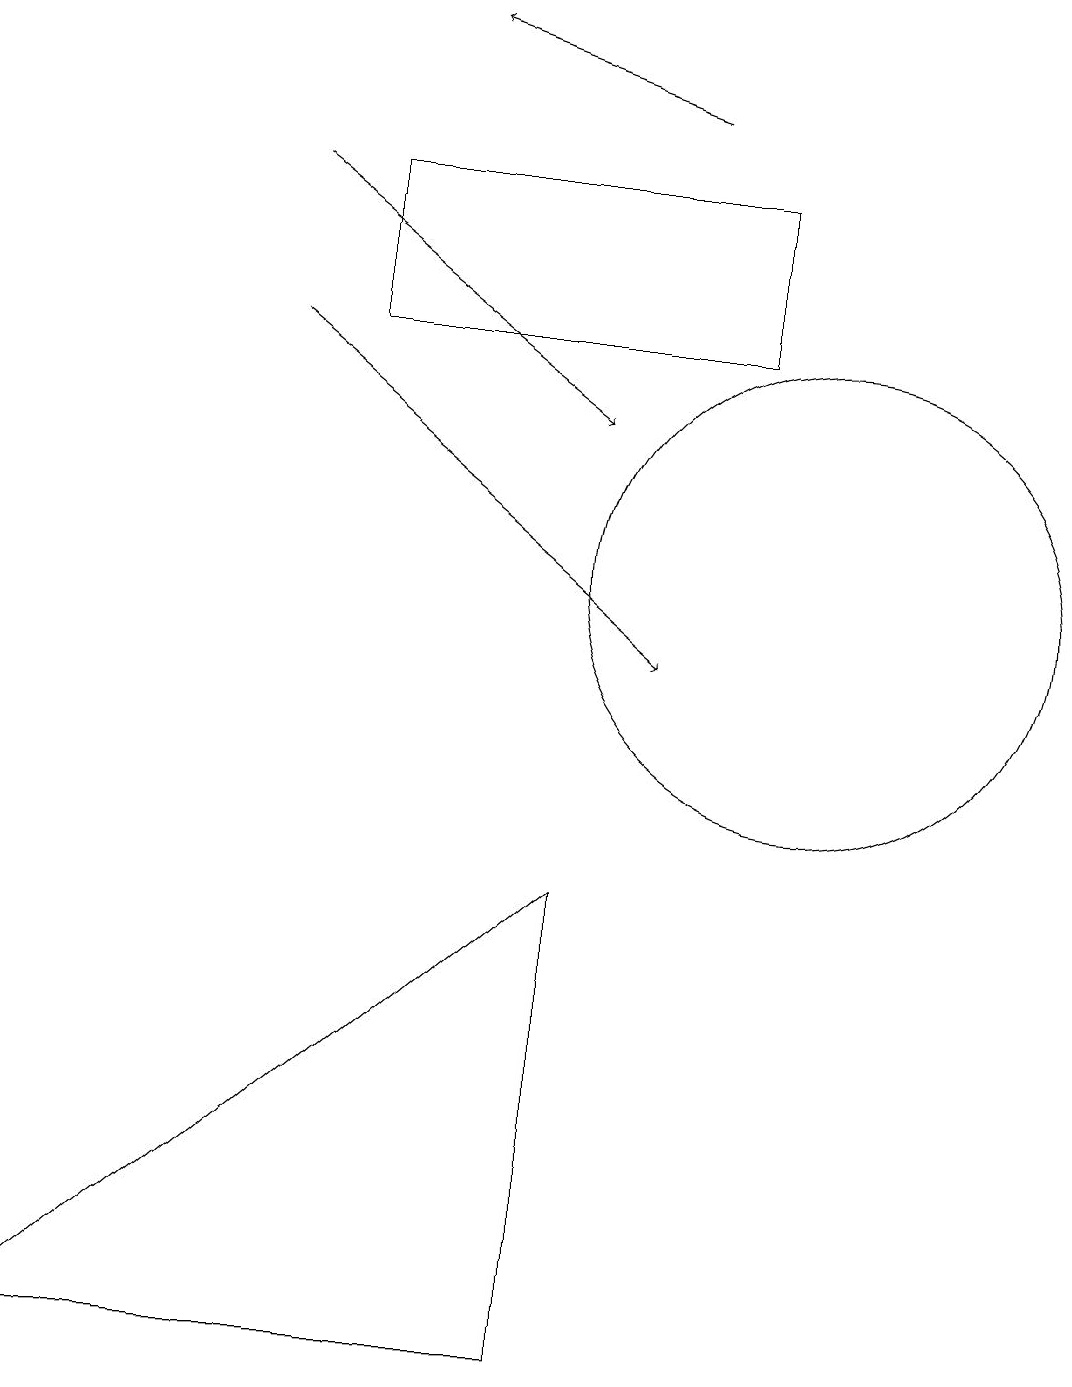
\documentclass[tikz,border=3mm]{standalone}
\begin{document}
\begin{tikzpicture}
\draw (10,11) circle (3);
\draw (4,14) rectangle (9,16);
\draw[->] (8,17) -- (5,18);
\draw[->] (3,16) -- (7,13);
\draw[->] (3,14) -- (8,10);
\draw (7,7) -- (7,1) -- (0,1) -- cycle;
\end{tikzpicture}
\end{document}